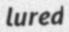
lured